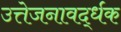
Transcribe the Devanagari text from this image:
उत्तेजनावर्द्धक